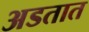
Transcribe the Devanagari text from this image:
अडतात